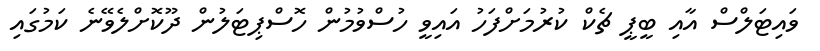
ވައިޓަލްސް އާއި ބީޕީ ޗެކް ކުރުމަށްފަހު އައިވީ ހުސްވުމުން ހޮސްޕިޓަލުން ދޫކޮށްލެވޭނެ ކަމުގައި